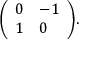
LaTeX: { \left( \begin{array} { l l } { 0 } & { - 1 } \\ { 1 } & { 0 } \end{array} \right) } .